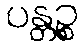
ပန္တဉ္စ